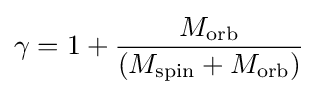
\gamma =1+{\frac {M_{\mathrm {orb} }}{(M_{\mathrm {spin} }+M_{\mathrm {orb} })}}